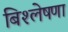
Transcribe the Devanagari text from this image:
बिश्लेषणा